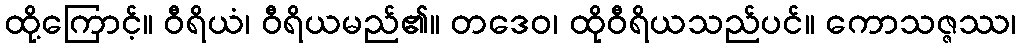
ထို့ကြောင့်။ ဝီရိယံ၊ ဝီရိယမည်၏။ တဒေဝ၊ ထိုဝီရိယသည်ပင်။ ကောသဇ္ဇဿ၊